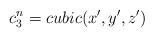
LaTeX: \begin{align*}c_3^n = cubic(x',y',z') \end{align*}